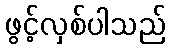
ဖွင့်လှစ်ပါသည်